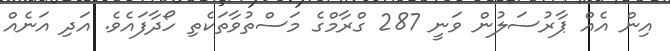
އިން އެއް ޕާރުސަލުން ވަނީ 287 ގްރާމްގެ މަސްތުވާތަކެތި ހޯދާފައެވެ. އަދި އަނެއް